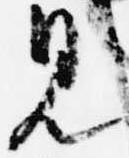
見